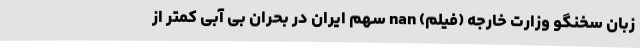
زبان سخنگو وزارت خارجه (فیلم) nan سهم ایران در بحران بی آبی کمتر از